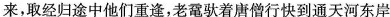
来，取经归途中他们重逢，老鼋驮着唐僧行快到通天河东岸